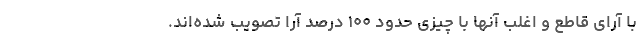
با آرای قاطع و اغلب آنها با چیزی حدود ۱۰۰ درصد آرا تصویب شده‌اند.